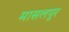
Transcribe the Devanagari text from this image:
मासलपुर